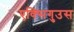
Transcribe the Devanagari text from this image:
एक्सिगुउस